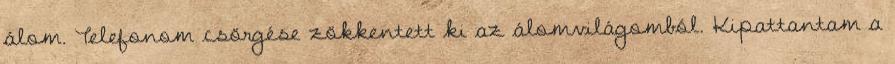
álom. Telefonom csörgése zökkentett ki az álomvilágomból. Kipattantam a